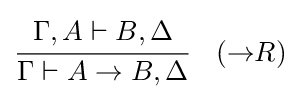
{\cfrac {\Gamma ,A\vdash B,\Delta }{\Gamma \vdash A\rightarrow B,\Delta }}\quad ({\rightarrow }R)